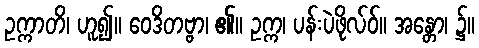
ဥက္ကာတိ၊ ဟူ၍။ ဝေဒိတဗ္ဗာ၊ ၏။ ဥက္က၊ ပန်းပဲဖိုလ်ဝ်။ အန္တော၊ ၌။